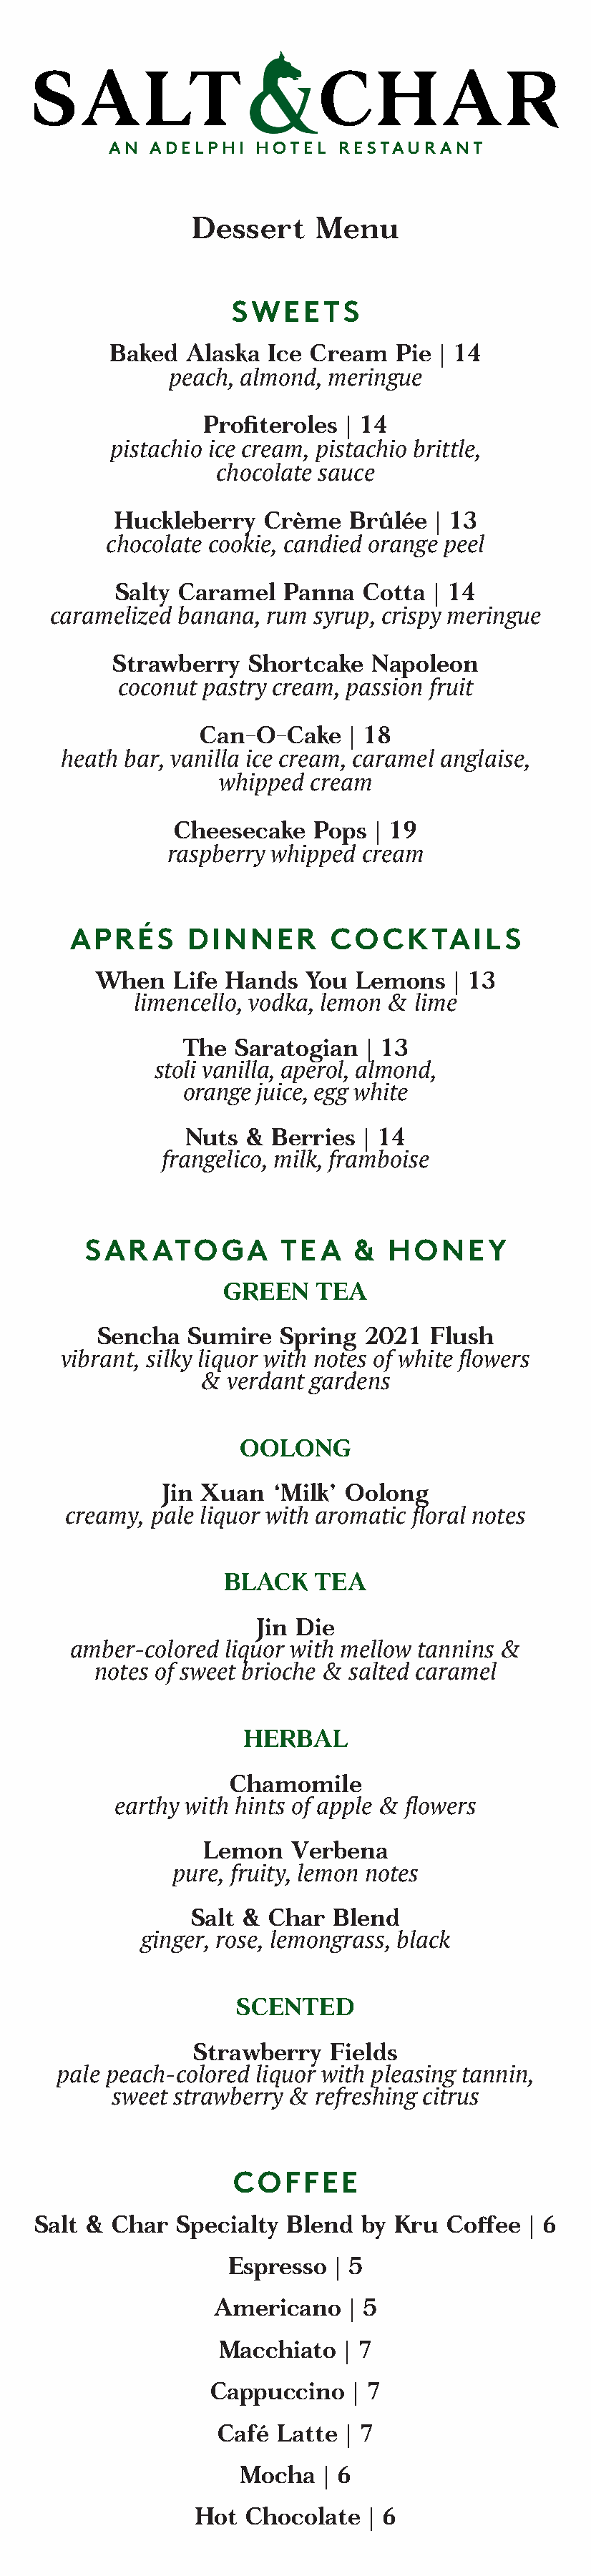
SALT                      CHAR
 AN  ADELPHI   HOTEL  RESTAUR   ANT
 Dessert    Menu
 SWEETS
 Baked  Alaska  Ice Cream   Pie | 14
 peach, almond, meringue
 Profiteroles | 14
 pistachio ice cream, pistachio brittle,
 chocolate sauce
 Huckleberry  Crème   Brûlée  | 13
 chocolate cookie, candied orange peel
 Salty Caramel  Panna   Cotta | 14
 caramelized banana, rum syrup, crispy meringue
 Strawberry   Shortcake  Napoleon
 coconut pastry cream, passion fruit
 Can-O-Cake    | 18
 heath bar, vanilla ice cream, caramel anglaise,
 whipped  cream
 Cheesecake   Pops  | 19
 raspberry whipped cream
 APRÉS      DINNER        COCKTAILS
 When   Life Hands  You  Lemons   | 13
 limencello, vodka, lemon & lime
 The  Saratogian  | 13
 stoli vanilla, aperol, almond,
 orange juice, egg white
 Nuts  & Berries  | 14
 frangelico, milk, framboise
 SARATOGA          TEA    &  HONEY
 GREEN   TEA
 Sencha  Sumire   Spring  2021  Flush
 vibrant, silky liquor with notes of white flowers
 & verdant gardens
 OOLONG
 Jin Xuan  ‘Milk’ Oolong
 creamy, pale liquor with aromatic floral notes
 BLACK   TEA
 Jin Die
 amber-colored  liquor with mellow tannins &
 notes of sweet brioche & salted caramel
 HERBAL
 Chamomile
 earthy with hints of apple & flowers
 Lemon   Verbena
 pure, fruity, lemon notes
 Salt & Char  Blend
 ginger, rose, lemongrass, black
 SCENTED
 Strawberry  Fields
 pale peach-colored liquor with pleasing tannin,
 sweet strawberry & refreshing citrus
 COFFEE
 Salt & Char  Specialty  Blend by Kru  Coffee  | 6
 Espresso  | 5
 Americano   | 5
 Macchiato   | 7
 Cappuccino    | 7
 Café  Latte | 7
 Mocha   | 6
 Hot  Chocolate  | 6